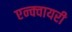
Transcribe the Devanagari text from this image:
एन्क्वायरी